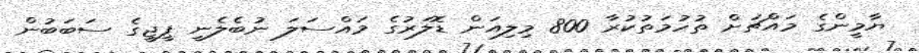
ޔާމީންގެ މައްޗަށް ތުހުމަތުކުރާ 800 މިލިއަން ޑޮލަރުގެ މައްސަލަ ނުބެލެނީ ޕީޖީގެ ސަބަބުން